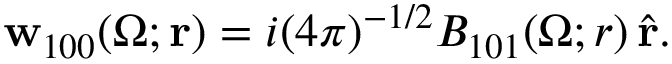
{ \bf { w } } _ { 1 0 0 } ( \Omega ; \mathbf { r } ) = i ( 4 \pi ) ^ { - 1 / 2 } { \cal B } _ { 1 0 1 } ( \Omega ; r ) \, \hat { \mathbf { r } } .